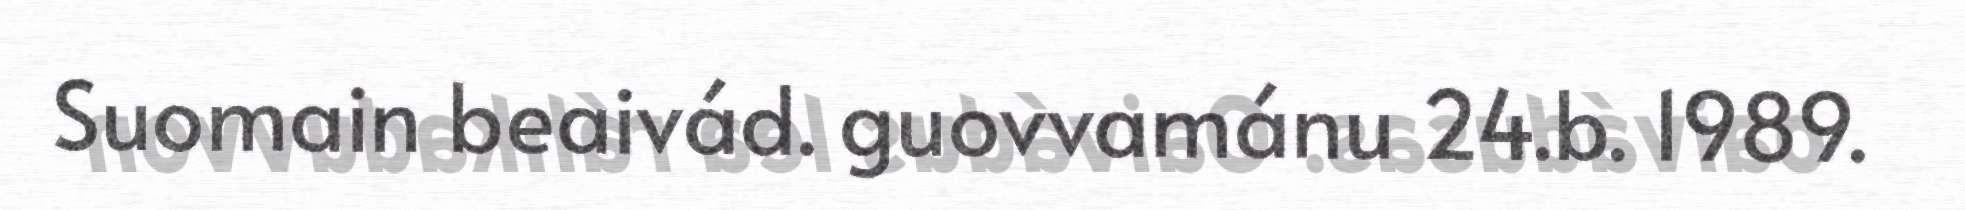
Suomain beaivád. guovvamánu 24.b. 1989.